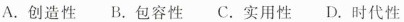
A.创造性B.包容性C.实用性D.时代性